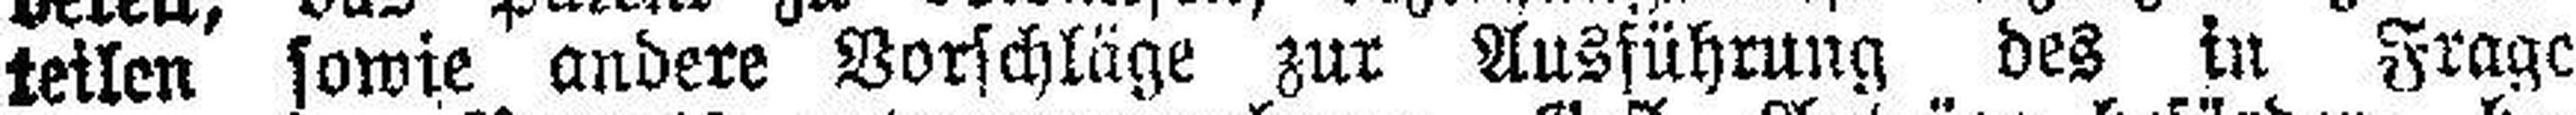
teilen sowie andere Vorschläge zur Ausführung des in Frage